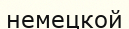
немецкой